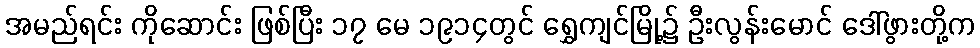
အမည်ရင်း ကိုဆောင်း ဖြစ်ပြီး ၁၇ မေ ၁၉၁၄တွင် ရွှေကျင်မြို့၌ ဦးလွန်းမောင် ဒေါ်ဖွားတို့က